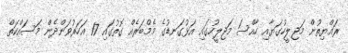
ރައްޔިތުން މަޖިލީހުގަޔާއި ހާއްސަ މަޖިލީހުގައި އަޅުގަނޑުގެ މެމްބަރެއް ގޮތުގައި 17 އަހަރުވަންދެން މަސައްކަތް